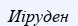
Иіруден